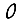
Digit: 0